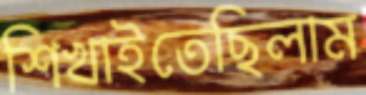
শিখাইতেছিলাম